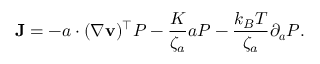
\mathbf { J } = - \boldsymbol { a } \cdot ( \nabla \mathbf { v } ) ^ { \top } P - \frac { K } { \zeta _ { a } } \boldsymbol { a } P - \frac { k _ { B } T } { \zeta _ { a } } \partial _ { \boldsymbol { a } } P .